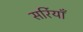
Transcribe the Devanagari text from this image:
सर्रियाँ